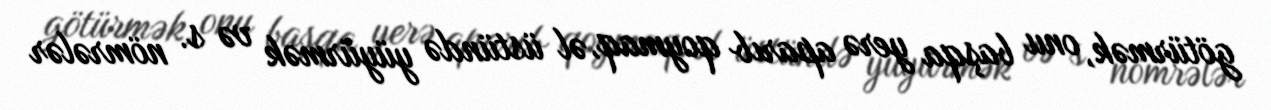
götürmək, onu başqa yerə aparıb qoymaq, əl üstündə yüyürmək və s. nömrələr